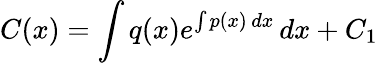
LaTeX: C(x)=\int q(x)e^{\int p(x)\, dx}\, dx+C_{1}